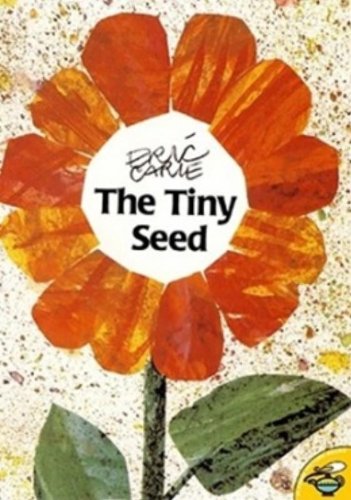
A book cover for The Tiny Seed; Eric Carle; Children's Books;